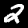
Digit: 2